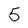
Character: 5